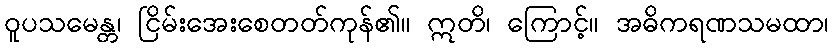
ဝူပသမေန္တ၊ ငြိမ်းအေးစေတတ်ကုန်၏။ ဣတိ၊ ကြောင့်။ အဓိကရဏသမထာ၊